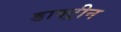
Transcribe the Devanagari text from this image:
डाक्ट्रीन